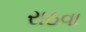
રાઠવા